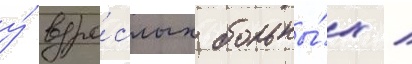
у́ взро́слых больны́х /